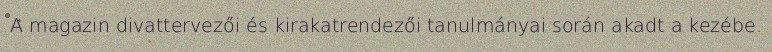
A magazin divattervezői és kirakatrendezői tanulmányai során akadt a kezébe.